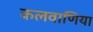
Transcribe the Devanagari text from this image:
कलवाणिया